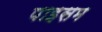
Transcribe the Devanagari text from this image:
पाइसम